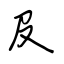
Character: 及